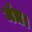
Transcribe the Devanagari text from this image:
मंत्र।